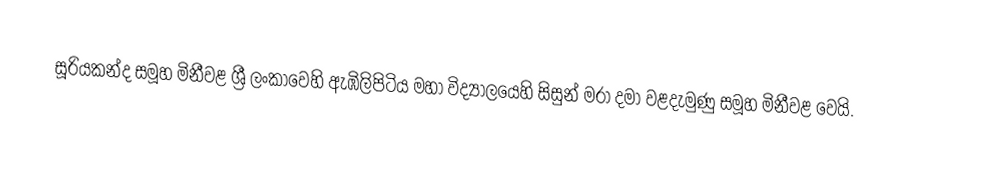
සූරියකන්ද සමූහ මිනීවළ ශ්‍රී ලංකාවෙහි ඇඹිලිපිටිය මහා විද්‍යාලයෙහි සිසුන් මරා දමා වළදැමුණු සමූහ මිනීවළ වෙයි.